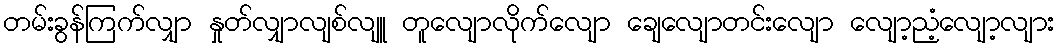
တမ်းခွန်ကြက်လျှာ နှုတ်လျှာလျစ်လျူ တူလျောလိုက်လျော ချေလျောတင်းလျော လျော့ညံ့လျော့လျား